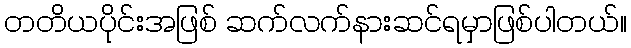
တတိယပိုင်းအဖြစ် ဆက်လက်နားဆင်ရမှာဖြစ်ပါတယ်။